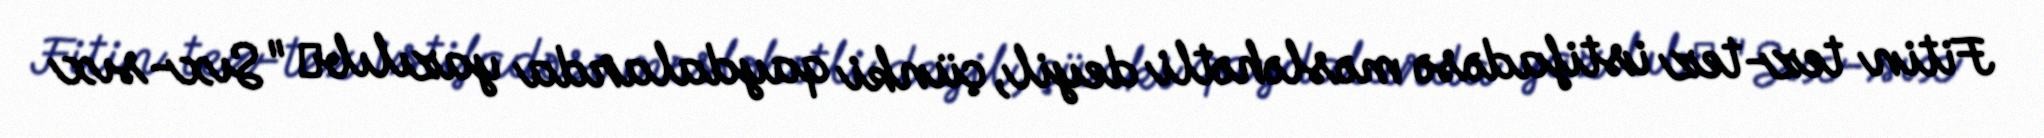
Fitin tez-tez istifadəsə məsləhətli deyil, çünki qaydalarda yazılıbː "Sıx-sıx